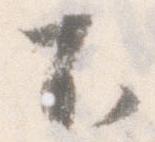
不